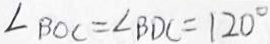
\angle B O C = \angle B D C = 1 2 0 ^ { \circ }